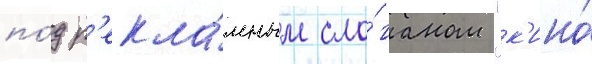
по́д р'екла́мным сло́ганом "к'ино́